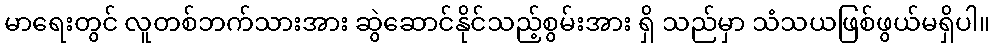
မာရေးတွင် လူတစ်ဘက်သားအား ဆွဲဆောင်နိုင်သည့်စွမ်းအား ရှိ သည်မှာ သံသယဖြစ်ဖွယ်မရှိပါ။